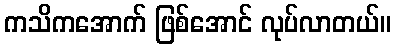
ကသိကအောက် ဖြစ်အောင် လုပ်လာတယ်။